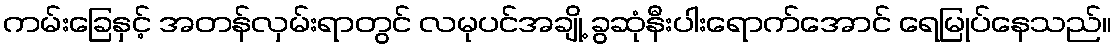
ကမ်းခြေနှင့် အတန်လှမ်းရာတွင် လမုပင်အချို့ ခွဆုံနီးပါးရောက်အောင် ရေမြုပ်နေသည်။